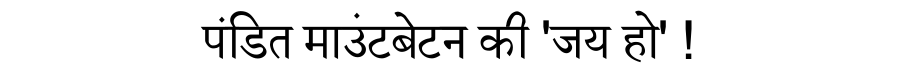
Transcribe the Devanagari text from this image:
पंडित माउंटबेटन की 'जय हो' !